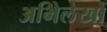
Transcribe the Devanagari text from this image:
अभिेलेखों